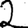
Digit: 2